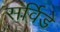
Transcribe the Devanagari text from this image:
सर्विडे